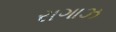
રાગાઝ